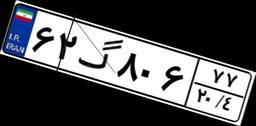
۳۷گ۰۷۳۹۷